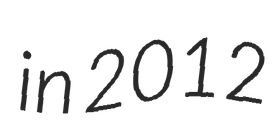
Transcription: in 2012